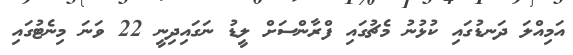
އަމިއްލަ ދަނޑުގައި ކުޅުނު މެޗުގައި ފްރާންސަށް ލީޑު ނަގައިދިނީ 22 ވަނަ މިނެޓުގައި